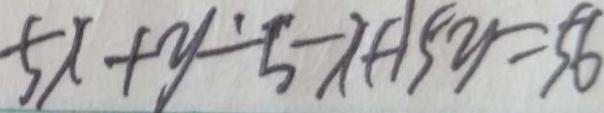
5 x + y - 5 - x + 1 5 y = 5 6